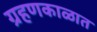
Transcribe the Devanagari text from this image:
ग्रहणकाळात